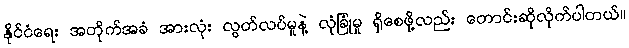
နိုင်ငံရေး အတိုက်အခံ အားလုံး လွတ်လပ်မှုနဲ့ လုံခြုံမှု ရှိစေဖို့လည်း တောင်းဆိုလိုက်ပါတယ်။